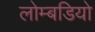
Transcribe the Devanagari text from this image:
लोम्बडियो